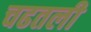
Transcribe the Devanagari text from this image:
चढतली